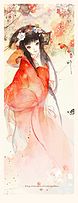
影孤怜夜永。永夜怜孤影。